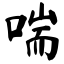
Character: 喘